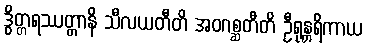
ဒွိတ္တရဿတ္တာနိ သီလယတီတိ အဝဂစ္ဆတီတိ ဦရုန္တရိကာယ